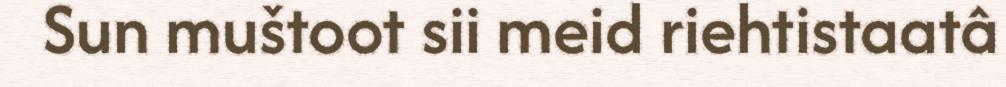
Sun muštoot sii meid riehtistaatâ